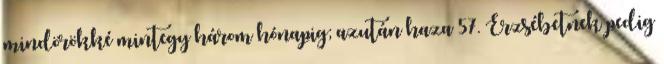
mindörökké mintegy három hónapig; azután haza 57. Erzsébetnek pedig